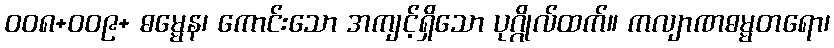
ဝဝ၈+ဝဝ၉+ ဓမ္မေန၊ ကောင်းသော အကျင့်ရှိသော ပုဂ္ဂိုလ်ထက်။ ကလျာဏဓမ္မတရော၊